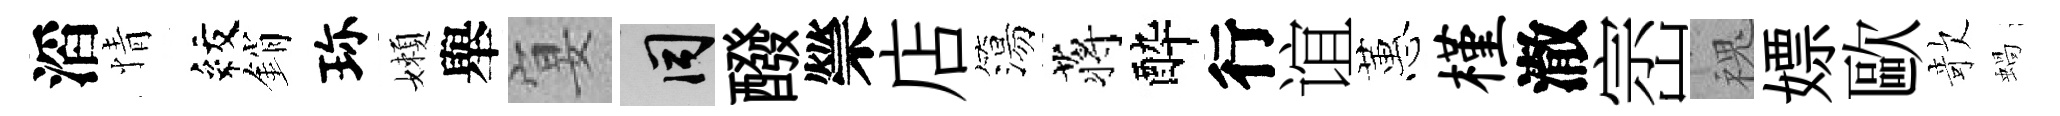
滔情紋銷珎嬾舉宴间醱禜店簜蒋酔行谊蕙槿澈崈槐嫖歐欹蝸